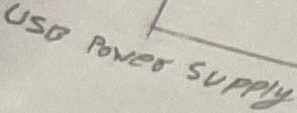
Text: USB Power Supply